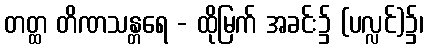
တတ္ထ တိဏသန္တရေ - ထိုမြက် အခင်း၌ (ပလ္လင်)၌၊